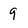
Character: 9